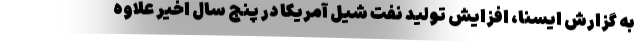
به گزارش ایسنا، افزایش تولید نفت شیل آمریکا در پنج سال اخیر علاوه